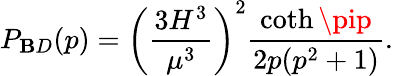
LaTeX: P_{\mathbf{B}D}(p)=\left(\frac{{3H^{3}}}{{\mu^{3}}}\right)^{2}\frac{{\coth\pip}}{{2p(p^{2}+1)}}.